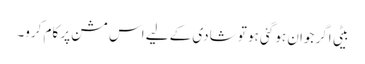
بیٹی اگر جوان ہو گئی ہو تو شادی کے لیے اس مشن پر کام کرو۔